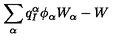
\sum _ { \alpha } q _ { I } ^ { \alpha } \phi _ { \alpha } W _ { \alpha } - W